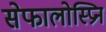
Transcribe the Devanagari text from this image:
सेफालोस्प्रिन